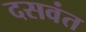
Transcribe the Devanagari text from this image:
दसवंत